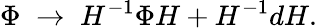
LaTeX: \Phi\; \rightarrow\; H^{-1}\Phi H+H^{-1}dH.